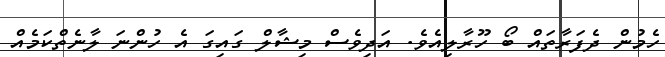
ހެމުން ދެފަރާތައް ބޯ ހޫރާލިއެވެ. އަދިވެސް މިޝާލް ގައިގަ އެ ހުންނަ ލާނެތްކަމެއް